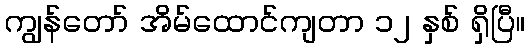
ကျွန်တော် အိမ်ထောင်ကျတာ ၁၂ နှစ် ရှိပြီ။